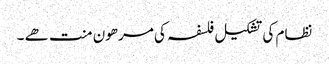
نظام کی تشکیل فلسفہ کی مرھون منت ھے ۔